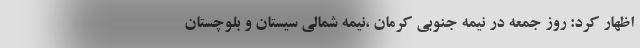
اظهار کرد: روز جمعه در نیمه جنوبی کرمان ،نیمه شمالی سیستان و بلوچستان